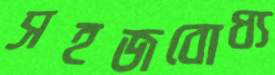
সহজবোধ্য